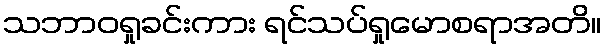
သဘာဝရှုခင်းကား ရင်သပ်ရှုမောစရာအတိ။